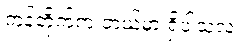
ကုန်တိုက်က ဘယ်မှာ ရှိပါသလဲ။